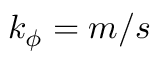
k _ { \phi } = m / s